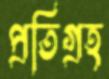
প্রতিগ্রহ